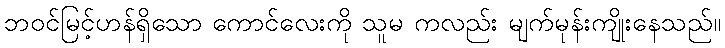
ဘဝင်မြင့်ဟန်ရှိသော ကောင်လေးကို သူမ ကလည်း မျက်မုန်းကျိုးနေသည်။